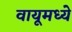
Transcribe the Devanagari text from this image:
वायूमध्ये